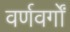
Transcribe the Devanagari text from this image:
वर्णवर्गों